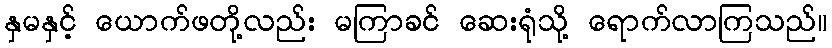
နှမနှင့် ယောက်ဖတို့လည်း မကြာခင် ဆေးရုံသို့ ရောက်လာကြသည်။